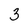
Character: 3